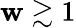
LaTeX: \mathbf{w}\gtrsim1